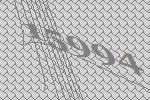
15994